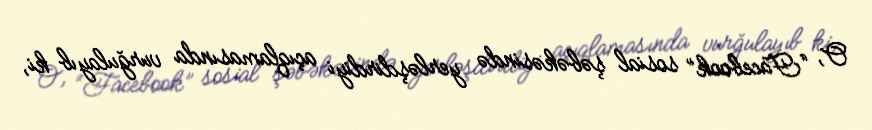
O, “Facebook” sosial şəbəkəsində yerləşdirdiyi açıqlamasında vurğulayıb ki,